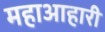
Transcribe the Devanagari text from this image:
महाआहारी